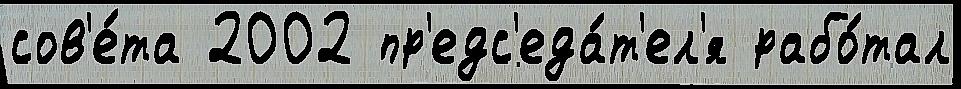
сов'е́та 2002 пр'едс'еда́т'ел'я рабо́тал